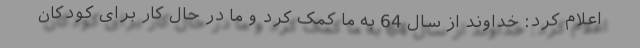
اعلام کرد: خداوند از سال 64 به ما کمک کرد و ما در حال کار برای کودکان